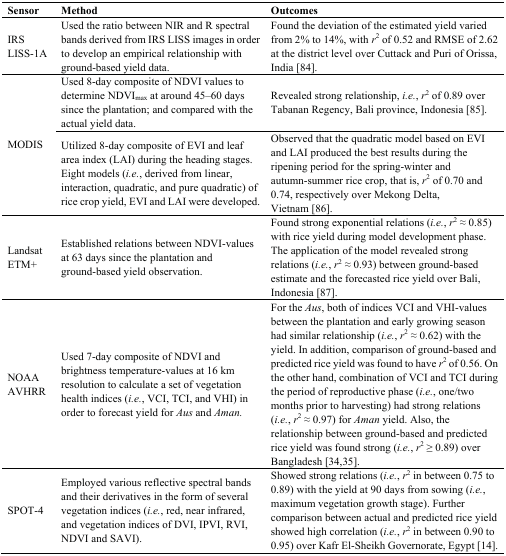
<table><thead><tr><td><b>Sensor</b></td><td><b>Method</b></td><td><b>Outcomes</b></td></tr></thead><tbody><tr><td>IRS LISS-1A</td><td>Used the ratio between NIR and R spectral bands derived from IRS LISS images in order to develop an empirical relationship with ground-based yield data.</td><td>Found the deviation of the estimated yield varied from 2% to 14%, with <i>r</i><sup>2</sup> of 0.52 and RMSE of 2.62 at the district level over Cuttack and Puri of Orissa, India [84].</td></tr><tr><td rowspan="2">MODIS</td><td>Used 8-day composite of NDVI values to determine NDVI<sub>max</sub> at around 45–60 days since the plantation; and compared with the actual yield data.</td><td>Revealed strong relationship, <i>i.e.</i>, <i>r</i><sup>2</sup> of 0.89 over Tabanan Regency, Bali province, Indonesia [85].</td></tr><tr><td>Utilized 8-day composite of EVI and leaf area index (LAI) during the heading stages. Eight models (<i>i.e.</i>, derived from linear, interaction, quadratic, and pure quadratic) of rice crop yield, EVI and LAI were developed.</td><td>Observed that the quadratic model based on EVI and LAI produced the best results during the ripening period for the spring-winter and autumn-summer rice crop, that is, <i>r</i><sup>2</sup> of 0.70 and 0.74, respectively over Mekong Delta, Vietnam [86].</td></tr><tr><td>Landsat ETM+</td><td>Established relations between NDVI-values at 63 days since the plantation and ground-based yield observation.</td><td>Found strong exponential relations (<i>i.e.</i>, <i>r</i><sup>2</sup> ≈ 0.85) with rice yield during model development phase. The application of the model revealed strong relations (<i>i.e.</i>, <i>r</i><sup>2</sup> ≈ 0.93) between ground-based estimate and the forecasted rice yield over Bali, Indonesia [87].</td></tr><tr><td>NOAA AVHRR</td><td>Used 7-day composite of NDVI and brightness temperature-values at 16 km resolution to calculate a set of vegetation health indices (<i>i.e.</i>, VCI, TCI, and VHI) in order to forecast yield for <i>Aus</i> and <i>Aman.</i></td><td>For the <i>Aus</i>, both of indices VCI and VHI-values between the plantation and early growing season had similar relationship (<i>i.e.</i>, <i>r</i><sup>2</sup> ≈ 0.62) with the yield. In addition, comparison of ground-based and predicted rice yield was found to have <i>r</i><sup>2</sup> of 0.56. On the other hand, combination of VCI and TCI during the period of reproductive phase (<i>i.e.</i>, one/two months prior to harvesting) had strong relations (<i>i.e.</i>, <i>r</i><sup>2</sup> ≈ 0.97) for <i>Aman</i> yield. Also, the relationship between ground-based and predicted rice yield was found strong (<i>i.e.</i>, <i>r</i><sup>2</sup> ≥ 0.89) over Bangladesh [34,35].</td></tr><tr><td>SPOT-4</td><td>Employed various reflective spectral bands and their derivatives in the form of several vegetation indices (<i>i.e.</i>, red, near infrared, and vegetation indices of DVI, IPVI, RVI, NDVI and SAVI).</td><td>Showed strong relations (<i>i.e.</i>, <i>r</i><sup>2</sup> in between 0.75 to 0.89) with the yield at 90 days from sowing (<i>i.e.</i>, maximum vegetation growth stage). Further comparison between actual and predicted rice yield showed high correlation (<i>i.e.</i>, <i>r</i><sup>2</sup> in between 0.90 to 0.95) over Kafr El-Sheikh Governorate, Egypt [14].</td></tr></tbody></table>